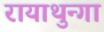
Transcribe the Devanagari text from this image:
रायाथुन्गा